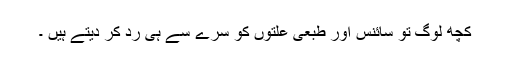
کچھ لوگ تو سائنس اور طبعی علتوں کو سرے سے ہی رد کر دیتے ہیں ۔